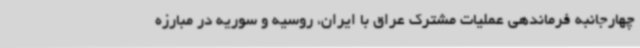
چهارجانبه فرماندهی عملیات مشترک عراق با ایران، روسیه و سوریه در مبارزه